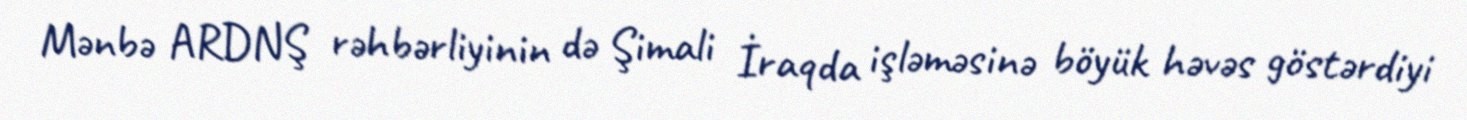
Mənbə ARDNŞ rəhbərliyinin də Şimali İraqda işləməsinə böyük həvəs göstərdiyi